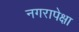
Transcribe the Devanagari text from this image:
नगरापेक्षा